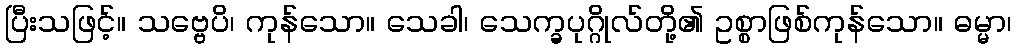
ပြီးသဖြင့်။ သဗ္ဗေပိ၊ ကုန်သော။ သေခါ၊ သေက္ခပုဂ္ဂိုလ်တို့၏ ဥစ္စာဖြစ်ကုန်သော။ ဓမ္မာ၊